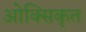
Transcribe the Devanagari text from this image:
ओक्सिकृत